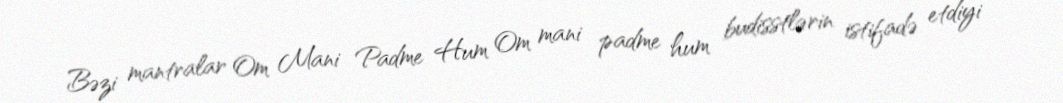
Bəzi mantralar Om Mani Padme Hum Om mani padme hum budisstlərin istifadə etdiyi